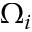
\Omega _ { i }